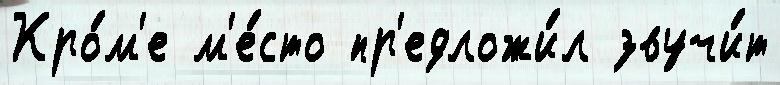
Кро́м'е м'е́сто пр'едложи́л звучи́т